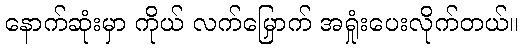
နောက်ဆုံးမှာ ကိုယ် လက်မြှောက် အရှုံးပေးလိုက်တယ်။